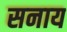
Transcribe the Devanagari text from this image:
सनाय